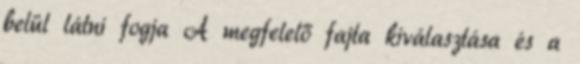
belül látni fogja A megfelelő fajta kiválasztása és a